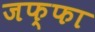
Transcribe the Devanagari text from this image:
जफ्फा